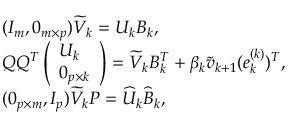
\begin{array} { r l } & { ( I _ { m } , 0 _ { m \times p } ) \widetilde { V } _ { k } = U _ { k } B _ { k } , } \\ & { Q Q ^ { T } \left( \begin{array} { l } { U _ { k } } \\ { 0 _ { p \times k } } \end{array} \right) = \widetilde { V } _ { k } B _ { k } ^ { T } + \beta _ { k } \tilde { v } _ { k + 1 } ( e _ { k } ^ { ( k ) } ) ^ { T } , } \\ & { ( 0 _ { p \times m } , I _ { p } ) \widetilde { V } _ { k } P = \widehat { U } _ { k } \widehat { B } _ { k } , } \end{array}